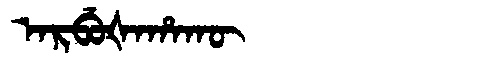
Manchu: ᠠᡵᠪᡠᡧᠠᡥᠠᡴᡡ
Romanization: ARBUŠAHAKŪ